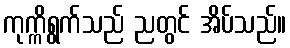
ကုက္ကိရွက်သည် ညတွင် အိပ်သည်။